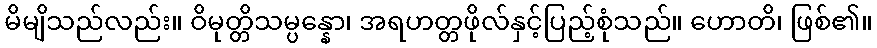
မိမျိသည်လည်း။ ဝိမုတ္တိသမ္ပန္နော၊ အရဟတ္တဖိုလ်နှင့်ပြည့်စုံသည်။ ဟောတိ၊ ဖြစ်၏။